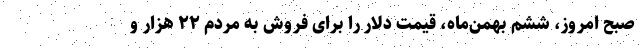
صبح امروز، ششم بهمن‌ماه، قیمت دلار را برای فروش به مردم ۲۲ هزار و